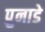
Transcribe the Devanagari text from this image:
पुनाडे